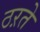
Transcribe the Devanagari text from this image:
ठऱते